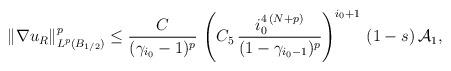
LaTeX: \begin{align*}\|\nabla u_R\|^p_{L^p(B_{1/2})}&\le\frac{C}{(\gamma_{i_0}-1)^p}\,\left(C_5\,\frac{i_0^{4\,(N+p)}}{(1-\gamma_{i_0-1})^p}\right)^{i_0+1}\,(1-s)\,\mathcal{A}_1,\end{align*}